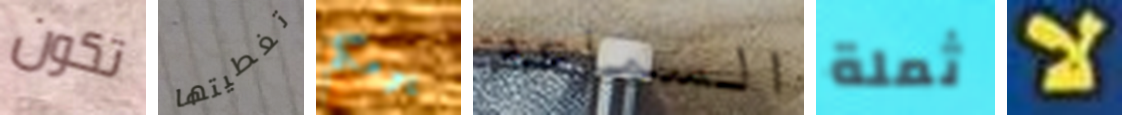
تكون تغطيتها يومكم السماعه ثملة لا